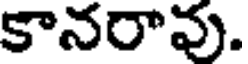
కానరావు.